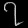
Digit: ၇